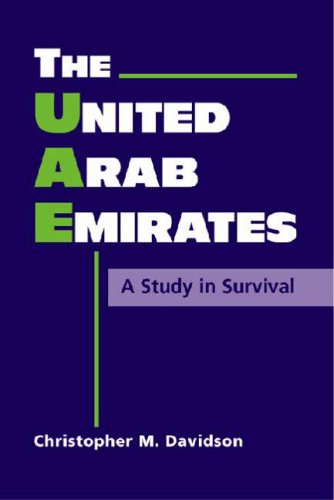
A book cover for The United Arab Emirates: A Study In Survival (Middle East in the International System); Christopher M. Davidson; History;